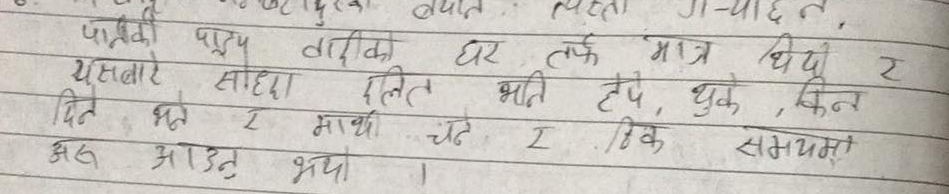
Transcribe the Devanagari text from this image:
जातको पाड्य वाडिको घर तर्फ मात्र धियो र
यस बारे साहेदा खलित भति हेप, थुके, किन
दिन भन रे माथी चठे ठिक समयमा
अझ आउंद भयो ।